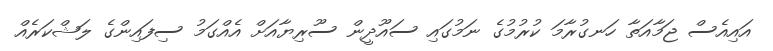
އައިއެސް ޖަމާއަތާ ހަނގުރާމަ ކުރުމުގެ ނަމުގައި ސައޫދީން ސޫރިޔާއަށް އެއްގަމު ސިފައިންގެ ލަޝްކަރެއް